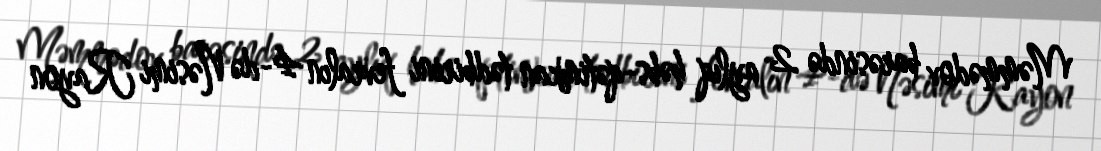
Məmmədov barəsində 2 aylıq həbs-qətimkan tədbirini fevralın 4-də Nəsimi Rayon